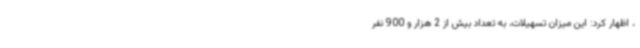
، اظهار کرد: این میزان تسهیلات، به تعداد بیش از 2 هزار و 900 نفر